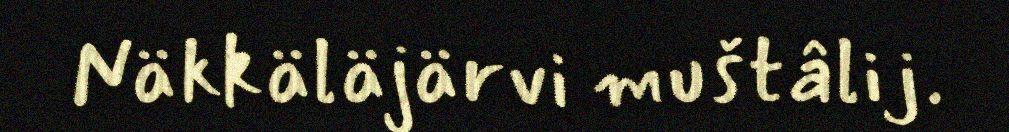
Näkkäläjärvi muštâlij.